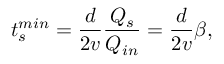
t _ { s } ^ { m i n } = \frac { d } { 2 v } \frac { Q _ { s } } { Q _ { i n } } = \frac { d } { 2 v } \beta ,